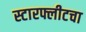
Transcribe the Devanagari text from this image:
स्टारफ्लीटचा